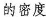
的密度